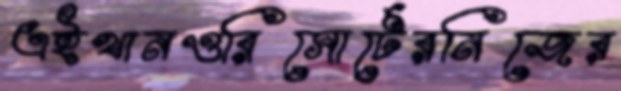
এইখানওরিসোর্টেরনিজের